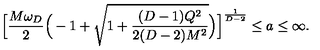
\Big [ { \frac { M \omega _ { D } } { 2 } } \Big ( - 1 + { \sqrt { 1 + { \frac { ( D - 1 ) Q ^ { 2 } } { 2 ( D - 2 ) M ^ { 2 } } } } } \Big ) \Big ] ^ { \frac { 1 } { D - 2 } } \le a \le \infty .